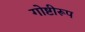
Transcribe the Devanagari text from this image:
गोष्टीरूप